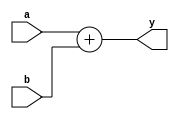
module Adder (
    input [31:0] a, b,
    output [31:0] y
);
    // Addition operation
    assign y = a + b;
endmodule